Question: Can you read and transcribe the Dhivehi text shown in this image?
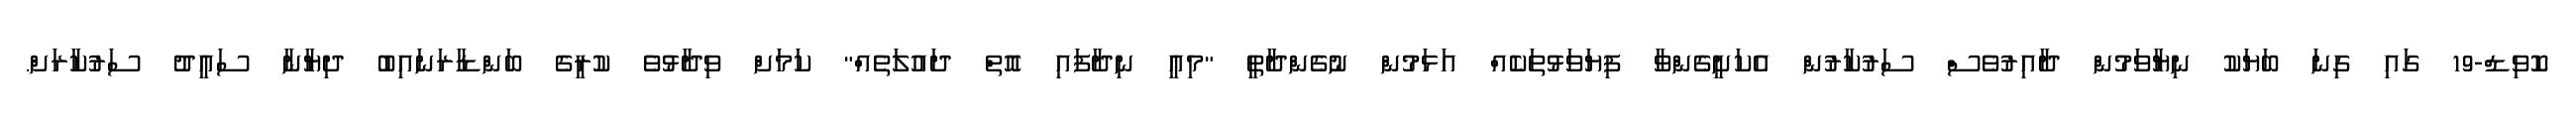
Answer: ކޮވިޑް-19 ގައި ގިނަ ބަޔަކު ނިޔާވަމުން ދާއިރުވެސް ސަރުކާރުން އެކަށީގެންވާ ފިޔަވަޅުތަކެއް އަޅަމުން ނުގެންދާތީ "މިއީ ނިދާފައި އޮތް ދައުލަތެއް" ކަމަށް ވިދާޅުވެ ކުރީގެ ބަންޑާރަނައިބު ދިޔާނާ ސައީދު ސަރުކާރަށް.